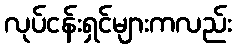
လုပ်ငန်းရှင်များကလည်း